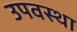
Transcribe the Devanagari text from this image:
उपवस्था